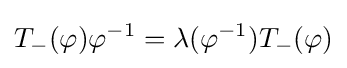
T_{-}(\varphi )\varphi ^{-1}=\lambda (\varphi ^{-1})T_{-}(\varphi )